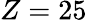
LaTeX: Z=25